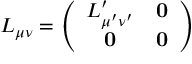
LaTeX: L _ { \mu \nu } = \left( \begin{array} { c c } { { L _ { \mu ^ { \prime } \nu ^ { \prime } } ^ { \prime } } } & { { \mathbf { 0 } } } \\ { { \mathbf { 0 } } } & { { \mathbf { 0 } } } \end{array} \right)